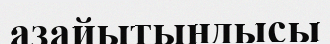
азайытындысы